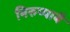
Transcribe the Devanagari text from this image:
निरुप्पाबै